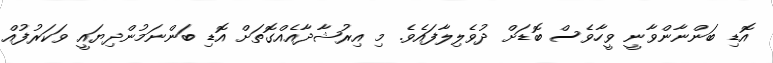
އޮޑި ބަންނާންވާނީ ވީހާވެސް ބޮޑަށް ދުވެލިލާފައެވެ. މި އިރުޝާދާއެއްގޮތަށް އޮޑި ބަންނަމުންދިޔައީ ވަކަރުފުއް